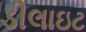
ડીલાઇટ